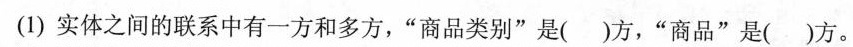
(1)实体之间的联系中有一方和多方，”商品类别”是( )方，”商品”是( )方。